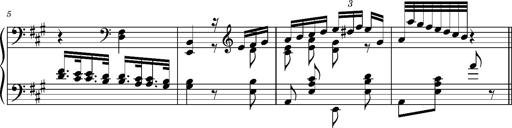
Title: Ungarischer Romanzero
Composer: Franz Liszt